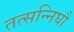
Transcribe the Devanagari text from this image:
तत्सन्निघौ